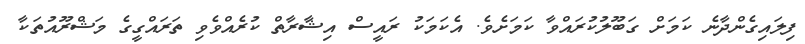
ފިލައިގެންދާނެ ކަމަށް ގަބޫލުކުރައްވާ ކަމަށެވެ. އެކަމަކު ރައީސް އިޝާރާތް ކުރެއްވެވި ތަރައްގީގެ މަޝްރޫއުތަކާ